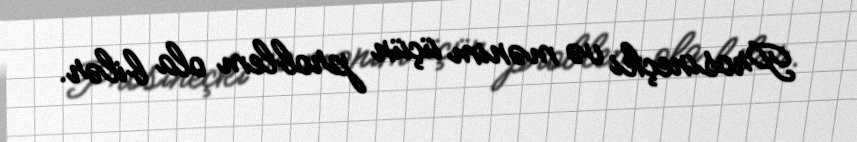
Prosineçki və mənim üçün problem ola bilər.